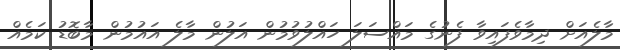
މާލެއަށް ދިމާވެފައިވާ ފެނުގެ މައްސަލަ ހައްލުވުމުން އަލުން މާލެ އައުމުން މާބޮޑު ކަމެއް